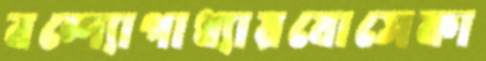
বন্দ্যোপাধ্যায়যোসেফা